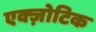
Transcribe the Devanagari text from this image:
एक्ज़ोटिक